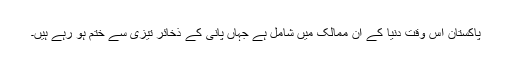
پاکستان اس وقت دنیا کے ان ممالک میں شامل ہے جہاں پانی کے ذخائر تیزی سے ختم ہو رہے ہیں۔